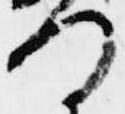
つ